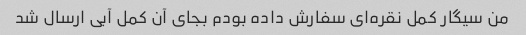
من سیگار کمل نقره‌ای سفارش داده بودم بجای آن کمل آبی ارسال شد